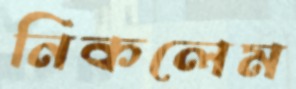
নিকলেম